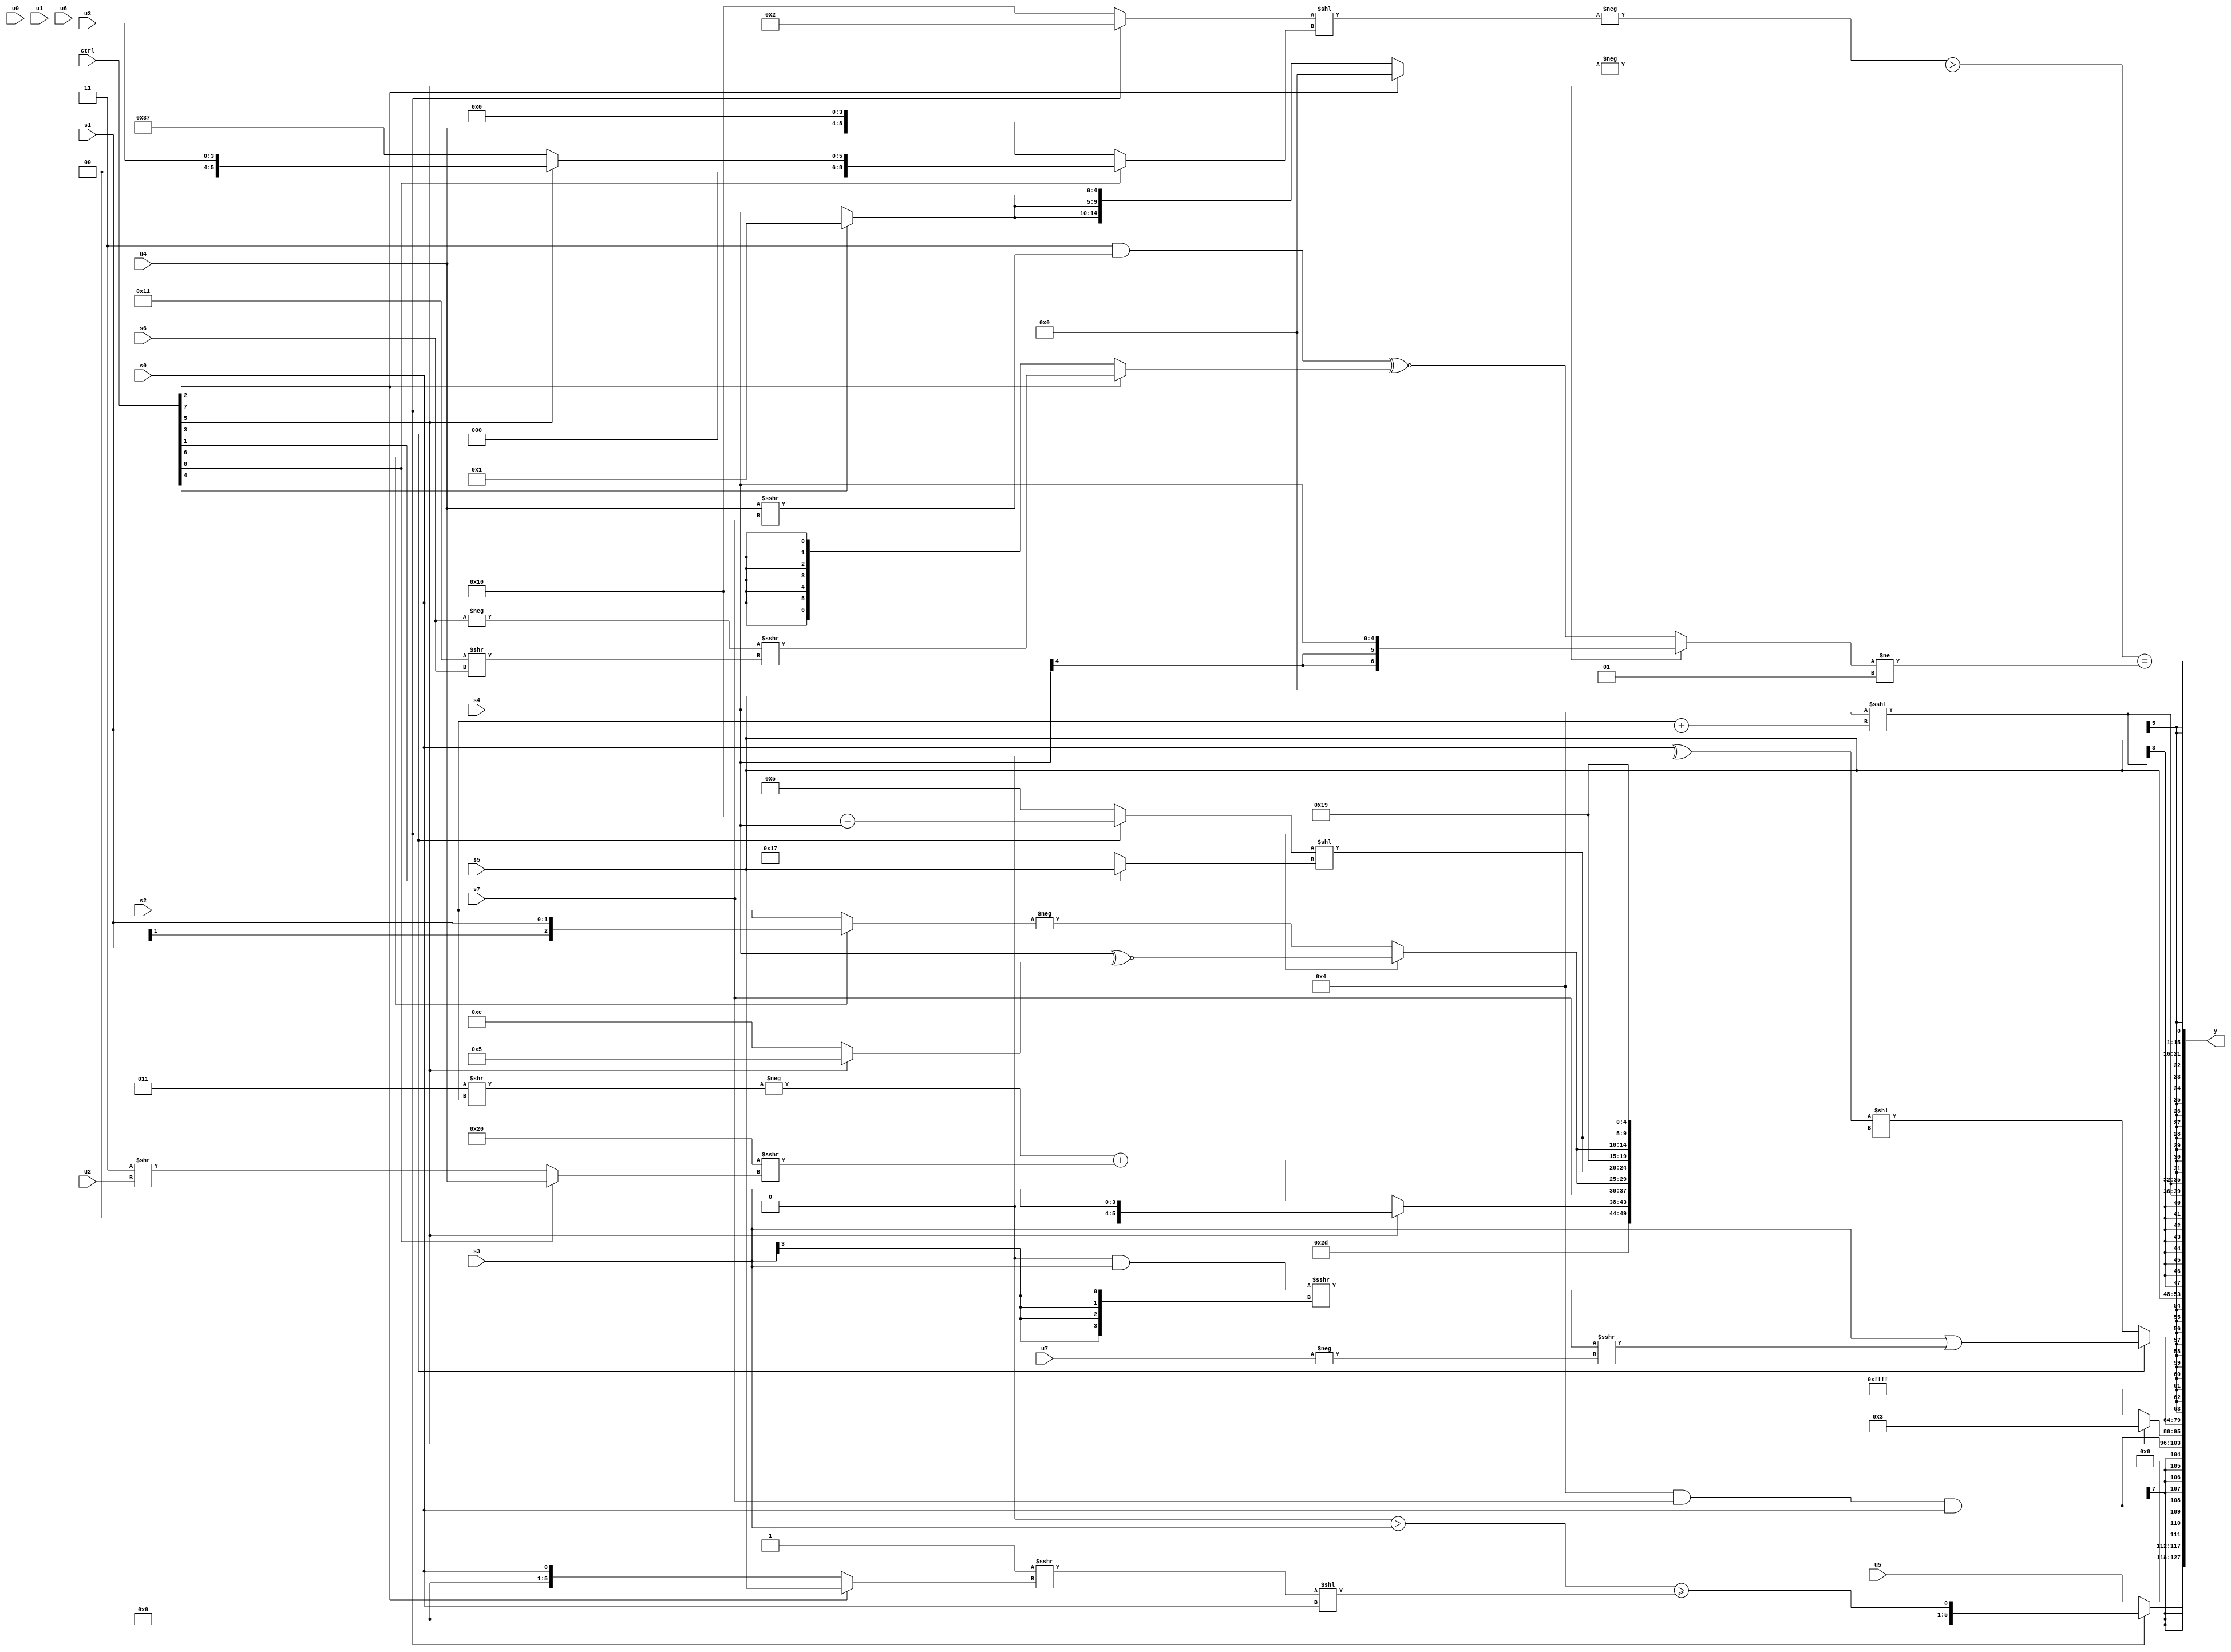
module wideexpr_00630(ctrl, u0, u1, u2, u3, u4, u5, u6, u7, s0, s1, s2, s3, s4, s5, s6, s7, y);
  input [7:0] ctrl;
  input [0:0] u0;
  input [1:0] u1;
  input [2:0] u2;
  input [3:0] u3;
  input [4:0] u4;
  input [5:0] u5;
  input [6:0] u6;
  input [7:0] u7;
  input signed [0:0] s0;
  input signed [1:0] s1;
  input signed [2:0] s2;
  input signed [3:0] s3;
  input signed [4:0] s4;
  input signed [5:0] s5;
  input signed [6:0] s6;
  input signed [7:0] s7;
  output [127:0] y;
  wire [15:0] y0;
  wire [15:0] y1;
  wire [15:0] y2;
  wire [15:0] y3;
  wire [15:0] y4;
  wire [15:0] y5;
  wire [15:0] y6;
  wire [15:0] y7;
  assign y = {y0,y1,y2,y3,y4,y5,y6,y7};
  assign y0 = (ctrl[7]?((1'sb0)>(s3))>=(($unsigned((2'sb11)>>>((ctrl[2]?$unsigned($signed(s5)):s0))))<<(s0)):u5);
  assign y1 = $signed(((4'sb0100)&(s7))&(s0));
  assign y2 = +((ctrl[5]?5'sb00011:+(2'sb11)));
  assign y3 = (ctrl[3]?(s3)|(($signed(+($signed(((1'sb0)&(s3))>>>((s3)>>>(6'sb101110))))))>>>(-(u7))):((s0)^($signed({2{$signed(4'sb0000)}})))<<({6'b101101,(ctrl[5]?s3:(-($unsigned((6'sb000011)>>(s2))))+(((5'sb01111)<<((3'sb101)&(1'sb1)))>>>((ctrl[0]?+(u4):(2'sb11)>>(u2))))),s7,{2{{(ctrl[7]?($signed(s4))^~((ctrl[5]?4'sb0101:3'sb100)):-((ctrl[6]?s1:s2))),((ctrl[3]?(5'sb10000)-(s4):{1{3'sb101}}))<<((ctrl[1]?+(s5):$signed(6'sb010111))),5'b11001}}}}));
  assign y4 = s5;
  assign y5 = $signed({2{($signed(4'sb0100))<<<((s2)+(s1))}});
  assign y6 = s5;
  assign y7 = (($unsigned((-(((ctrl[7]?2'sb10:$signed(6'b010000)))<<((ctrl[0]?(ctrl[5]?u3:6'b110111):{u4,4'sb0000}))))>(-((ctrl[2]?(&(5'sb11011))<<(-(2'sb01)):{3{(ctrl[4]?3'sb001:s4)}})))))<<(-(^(&(2'sb01)))))==(((ctrl[5]?s4:($signed(({1{$signed(2'sb11)}})&($unsigned((u4)>>>(s7)))))^~((ctrl[2]?((-(s6))>>>((5'sb10001)>>(s6)))<<<(2'sb00):$signed(s0)))))!=($signed($signed(($signed(+({5'sb00001})))|(3'b001)))));
endmodule